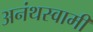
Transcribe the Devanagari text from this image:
अनंथस्वामी